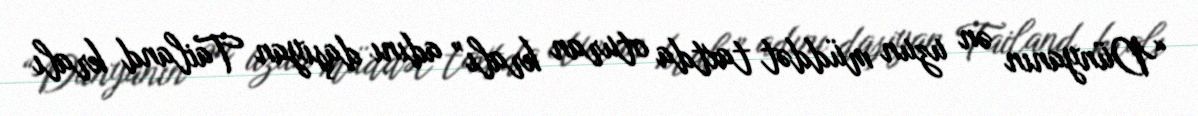
“Dünyanın ən uzun müddət taxtda oturan kralı” adını daşıyan Tailand kralı